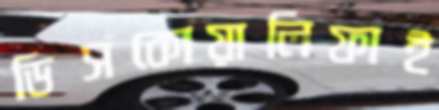
ডিসকোয়ালিফাই